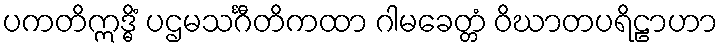
ပကတိဣဒ္ဓိံ ပဌမသင်္ဂီတိကထာ ဂါမခေတ္တံ ဝိဃာတပရိဠာဟာ